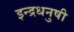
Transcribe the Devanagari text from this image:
इन्‍द्रधनुषी